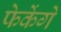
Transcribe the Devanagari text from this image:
फेकेंगे